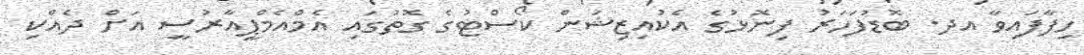
ހިފާފައިވާ އދ. ބޮޑުފަހަރު ފިނޮޅުގެ އެކުއިޒިޝަން ކޯސްޓުގެ ގޮތުގައި އެމްއެމްޕީއާރުސީ އަށް ދެއްކި